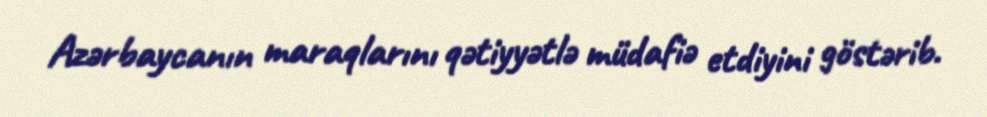
Azərbaycanın maraqlarını qətiyyətlə müdafiə etdiyini göstərib.